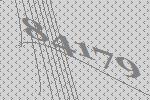
84179